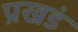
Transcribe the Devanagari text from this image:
प्रखडं